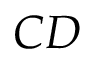
C D